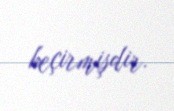
keçirmişdir.